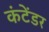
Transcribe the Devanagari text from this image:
कंटेंडर